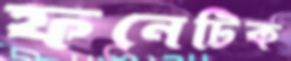
ফনেটিক